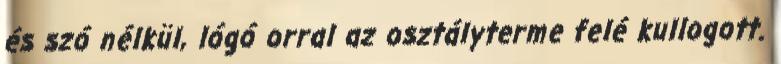
és szó nélkül, lógó orral az osztályterme felé kullogott.